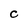
Character: C